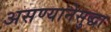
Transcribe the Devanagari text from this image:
असण्यानेसुद्धा